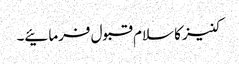
کنیز کا سلام قبول فرمائیے۔